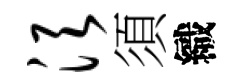
须須織